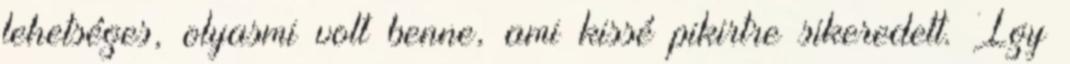
lehetséges, olyasmi volt benne, ami kissé pikirtre sikeredett. Így